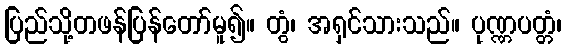
ပြည်သို့တဖန်ပြန်တော်မူ၍။ တွံ၊ အရှင်သားသည်။ ပုဏ္ဏပတ္တံ၊